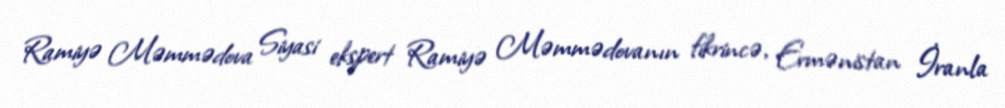
Ramiyə Məmmədova Siyasi ekspert Ramiyə Məmmədovanın fikrincə, Ermənistan İranla